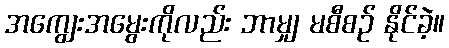
အကျွေးအမွေးကိုလည်း ဘာမျှ မစီစဉ် နိုင်ခဲ့။